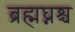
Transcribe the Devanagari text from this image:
ब्रह्मघ्नश्च